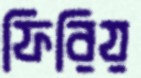
ফিরিয়